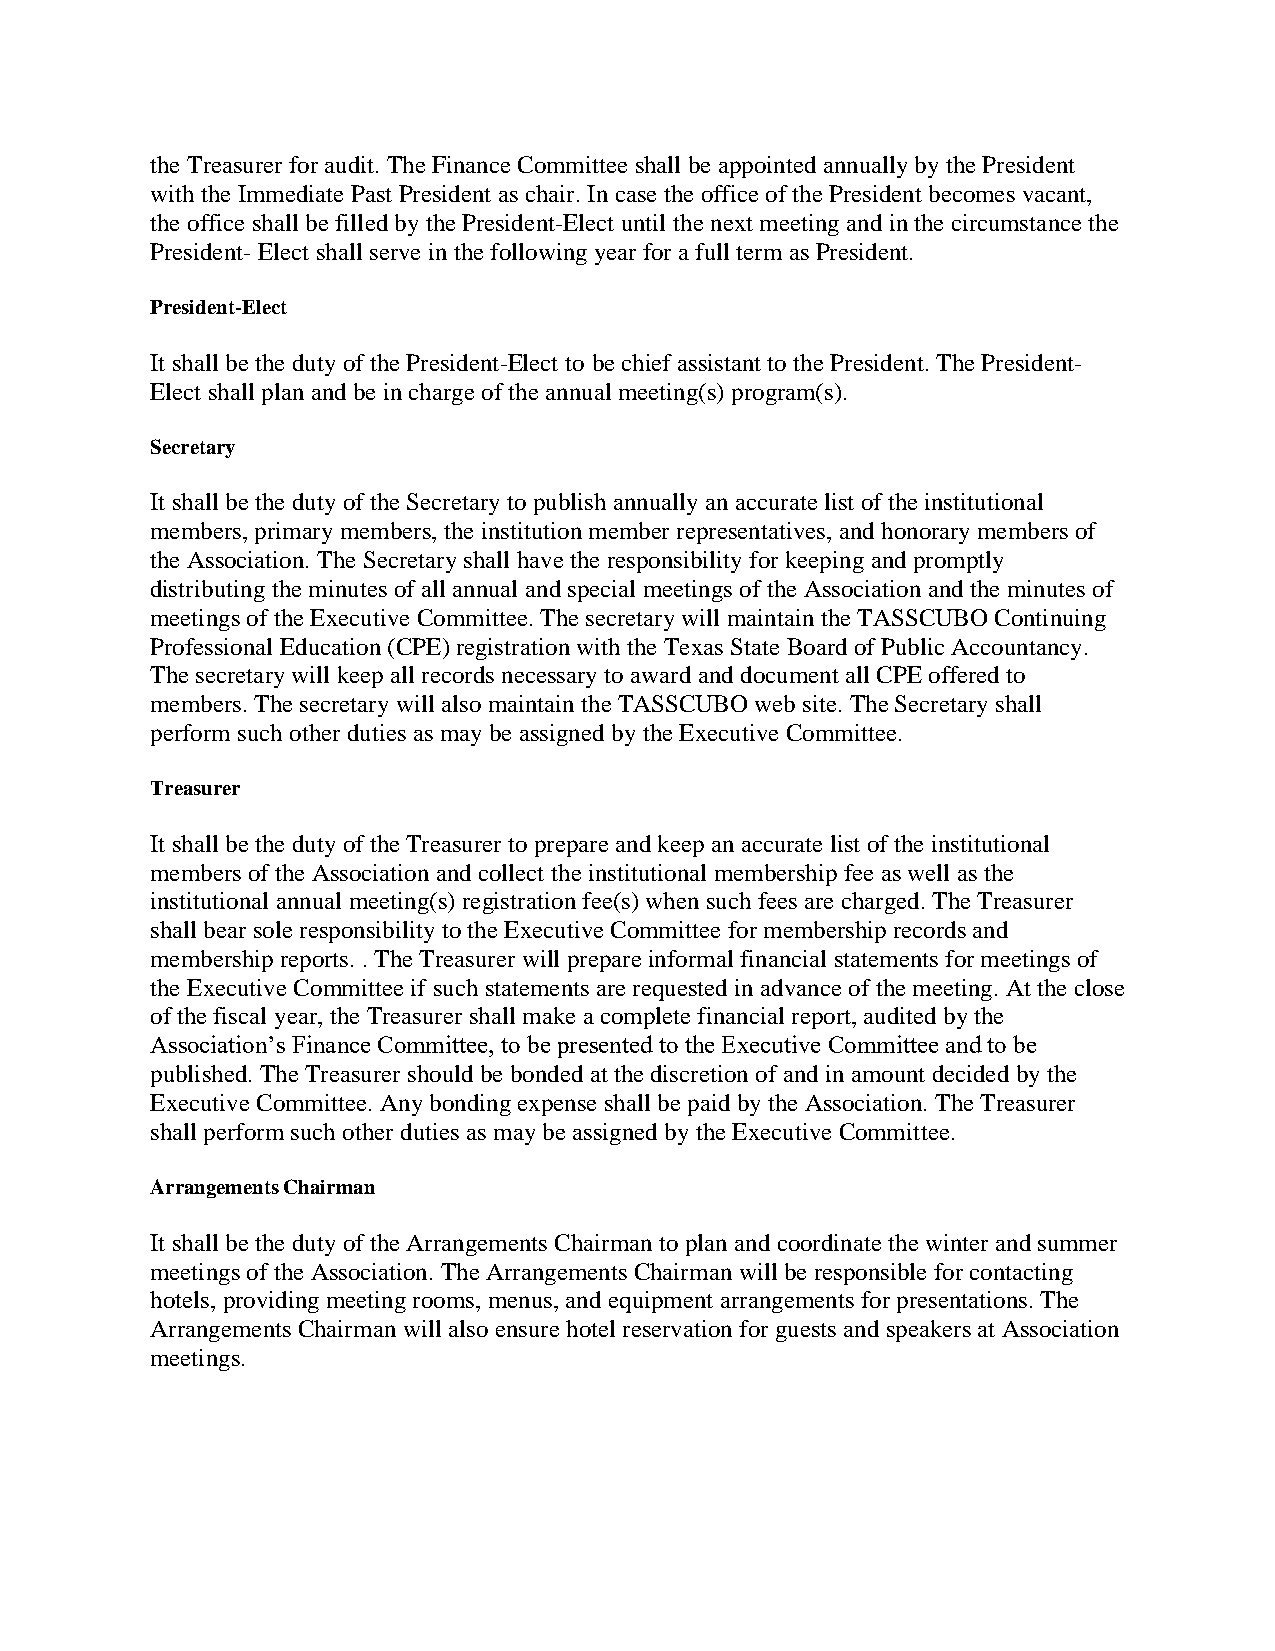
the Treasurer for audit. The Finance Committee shall be appointed annually by the President
 with the Immediate Past President as chair. In case the office of the President becomes vacant,
 the office shall be filled by the President-Elect until the next meeting and in the circumstance the
 President- Elect shall serve in the following year for a full term as President.
 President-Elect
 It shall be the duty of the President-Elect to be chief assistant to the President. The President-
 Elect shall plan and be in charge of the annual meeting(s) program(s).
 Secretary
 It shall be the duty of the Secretary to publish annually an accurate list of the institutional
 members, primary members, the institution member representatives, and honorary members of
 the Association. The Secretary shall have the responsibility for keeping and promptly
 distributing the minutes of all annual and special meetings of the Association and the minutes of
 meetings of the Executive Committee. The secretary will maintain the TASSCUBO Continuing
 Professional Education (CPE) registration with the Texas State Board of Public Accountancy.
 The secretary will keep all records necessary to award and document all CPE offered to
 members. The secretary will also maintain the TASSCUBO web site. The Secretary shall
 perform such other duties as may be assigned by the Executive Committee.
 Treasurer
 It shall be the duty of the Treasurer to prepare and keep an accurate list of the institutional
 members of the Association and collect the institutional membership fee as well as the
 institutional annual meeting(s) registration fee(s) when such fees are charged. The Treasurer
 shall bear sole responsibility to the Executive Committee for membership records and
 membership reports. . The Treasurer will prepare informal financial statements for meetings of
 the Executive Committee if such statements are requested in advance of the meeting. At the close
 of the fiscal year, the Treasurer shall make a complete financial report, audited by the
 Association’s Finance Committee, to be presented to the Executive Committee and to be
 published. The Treasurer should be bonded at the discretion of and in amount decided by the
 Executive Committee. Any bonding expense shall be paid by the Association. The Treasurer
 shall perform such other duties as may be assigned by the Executive Committee.
 Arrangements Chairman
 It shall be the duty of the Arrangements Chairman to plan and coordinate the winter and summer
 meetings of the Association. The Arrangements Chairman will be responsible for contacting
 hotels, providing meeting rooms, menus, and equipment arrangements for presentations. The
 Arrangements Chairman will also ensure hotel reservation for guests and speakers at Association
 meetings.